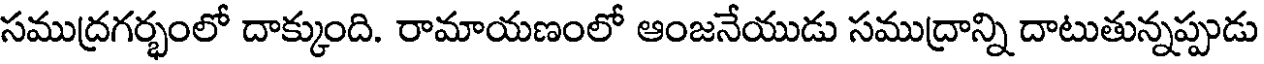
సముద్రగర్భంలో దాక్కుంది. రామాయణంలో ఆంజనేయుడు సముద్రాన్ని దాటుతున్నప్పుడు